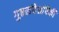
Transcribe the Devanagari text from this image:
गुप्तसंदेशांपैकी